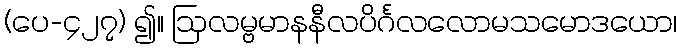
(ပေ-၄၂၇) ၍။ ဩလမ္ဗမာနနီလပိင်္ဂလလောမသမောဒယော၊